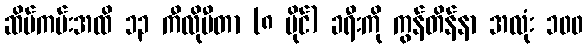
ဆိပ်ကမ်းအထိ ၁၃ ကီလိုမီတာ (၈ မိုင်) ခရီးကို ကွန်တိန်နာ အလုံး ၁၀၀